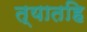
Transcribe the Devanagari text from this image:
त्यातहि